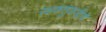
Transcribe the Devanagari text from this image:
रक्षकतुकडीचे